Statistical return of the lunatic asylum in Assam - 1912-1932
Year: 1912
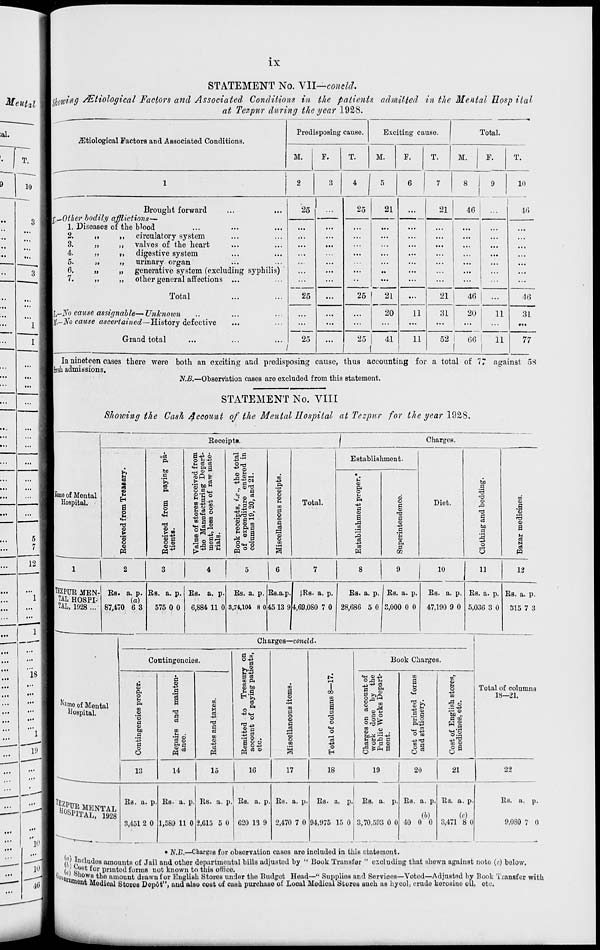
IX
•••
...
...
...
...
...
...
...
...
5 :
T
...
/
...
12
...
1
...
STATEMENT No. VII—conclcl.
mowing &tiological Factors and Associated Conditions in the patients admitted in the Mental llosp ital
at Tezpur during the year 1928.
.ZEtiological Factors and Associated Conditions.
Predisposing causo.
Exciting causo.
Total.
M.
F.
T.
M.
F.
T.
M.
F.
T.
1
2
3
4
5
6
7
8 I
1
9
ID
Brought forward
l-Other bodily afflictions—
1. Diseases of the blood
2.
,,
,, circulatory system
3.
„
,, valves of the heart
4.
>»
it digestive system
5.
„
„ urinary organ
6.
„
„ generative system (excluding syphilis)
7.
,,
,, other general affections ...
25
...
25
21
...
21
46
16
25
••
HIT
...
...
...
...
...
••
...
Total
...
25
...
21
46
20
...
46
[,-$o cause assignable—Vnknoion
l-No cause ascertained—history defective
Grand total
1
25
r
...
...
20
11
31
11
31
...
25
41
1
11
52 1
GG 1
11
I
1
77
In nineteen cases there were both an exciting and predisposing cause, thus accounting for a total of 77 against 58
liresli admissions.
N.B.—Observation cases are excludod from this statement.
STATEMENT No. VIII
Shotving the Cash Account of the Mental Hospital at Tczpur for the year 192S.
I Same of Mental
Hospital.
Receipts.
Charges.
S
s o u
H
a
o u
1 s
u
o
M
.03
P.
bD
C
! i
p.
o
m .
t> m
sg
Sf i
u a rt
<H P<d
|ft|e
"S bo"
fc! " 3
"m 3 £
s s3.
c,2
2 o> c3
1-s
(3
<M
TO - 39
a S3
Sa
o
o
o
o
o
M
<H O
O <J
.2* '5 o o m
n
o
ID
s
o
3
Total.
Establishment.
u
o
ft
o
-*3
(3
A
a>
®
T3
a
a
J3
0
43
a
^3
c3
0
-*a
P<
<n
0
w
CO
o
o
Diet.
to
p
o
d
&0
a
'.3
o
6
m
0>
S
t-i
ci
N
as
4
10
ITEZPTJR MEN-
TAL HOSPI-
TAL, 1928 ...
Es. a. p.
(a)
87,470 6 3
KB. a. p.
575 0 0
Es. a. p.
0,884 11 0
Ks. a. p. Rs.a.p.l !Rs. a. p.
3,74,104 8 0 45 13 9 4,09,080 7 0
Es. a. p. Es. a. p
28,080 5 0 3,000 0 0
Es. a. p.
47,190 9 0
Es. a. p.
315 7 3
^mo of Mental
Hospital.
Charges—conchl.
Contingencies.
©
o
p.
m
03
'3
a
<u
bo
c
o
13
S3
o
a
T3
0
to
u •
S 5
a a
o
M
H3
a
a
P3
fl to"
s l
"'-§
a
Ql
o
a « o
d o
O'
«
a
o
to
0
o
01
I
o
to
00
to
(2
o
u
o
o
Book Charges.
3
«-l 0) ^>
o ja ,-4
»
to
M
O P
c o
o .2 .
03 o d a>
g fcp^a
s
o
"S3 tA
Is
u o
O to
-WO
9 §
to
o
o
to
B to
W2
^^3
to SJ
° a
Total of columns
18-21.
14
10
17
18
19
20
21
UUS PITAL, 1928
Es. a. p.
H.451 2 0
Es. a. p
1,589 11 0
Es. a. p.' Es. a. p
2,615 5 0 020 13 9
Es. a. p.
2,470 7 0
Es. a. p,
94,975 15 0
Es. a. p
11,70,593 0 0
Es. a. p.
(h)
■10 0 0
Es. a. p.
(<•)
9,471 8 0
Es. a. p.
9,080 7 0
* N.B.—Charges for observation casos aro included in this statemont.
(!,> f, UCUl doB amounts of Jail and other dopartmontal bills adjustod by " Book Transfer " excluding that shown against note (<•) bolow.
(J ~{J st for printed forms not known to this office
^;6ttim *'■» ^° amoun t drawn for English Stores undor the Budget Head—'' Supplios and Servioos—Votod—Adjusted by Book T»
•aeat Medical Stores Depot", and also cost of cash purchaso of Local Medical Stores such as liycol, crudo kerosino oil, etc.
ansfer with